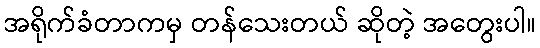
အရိုက်ခံတာကမှ တန်သေးတယ် ဆိုတဲ့ အတွေးပါ။